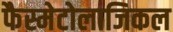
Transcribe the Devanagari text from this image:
फैस्मेटोलाजिकल